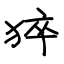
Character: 猝